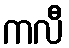
ကလီ